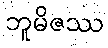
ဘူမိဇဿ